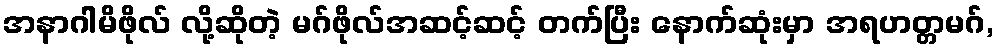
အနာဂါမိဖိုလ် လို့ဆိုတဲ့ မဂ်ဖိုလ်အဆင့်ဆင့် တက်ပြီး နောက်ဆုံးမှာ အရဟတ္တမဂ်,